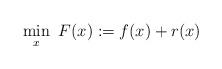
LaTeX: \begin{align*}\min_{x}~ F(x) := f(x) + r(x) \end{align*}